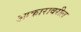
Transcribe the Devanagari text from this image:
आकारावरील